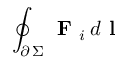
\oint _ { \scriptstyle \partial \, \Sigma } \textbf { F } _ { i } \, d \textbf { l }